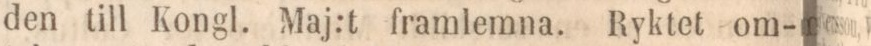
den till Kongl. Maj:t framlemna. Ryktet om-